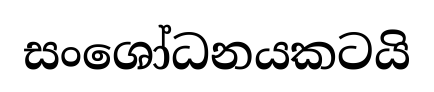
සංශෝධනයකටයි